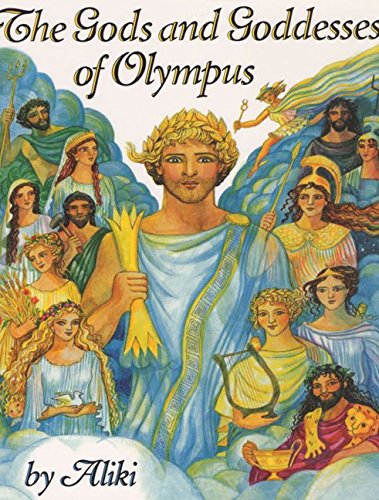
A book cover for The Gods and Goddesses of Olympus; Aliki; Religion & Spirituality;